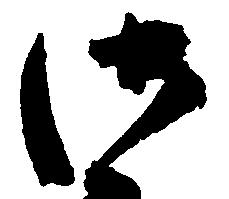
御